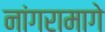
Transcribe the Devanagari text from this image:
नांगरामागे